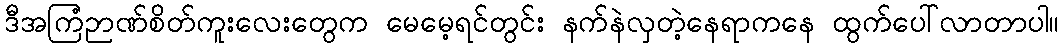
ဒီအကြံဉာဏ်စိတ်ကူးလေးတွေက မေမေ့ရင်တွင်း နက်နဲလှတဲ့နေရာကနေ ထွက်ပေါ်လာတာပါ။